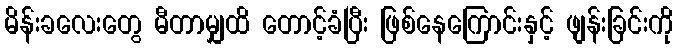
မိန်းခလေးတွေ မီတာမျှထိ တောင့်ခံပြီး ဖြစ်နေကြောင်းနှင့် ဖျန်းခြင်းကို